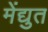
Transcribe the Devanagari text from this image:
मेंद्युत